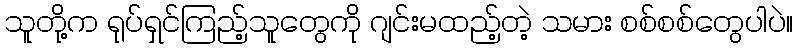
သူတို့က ရုပ်ရှင်ကြည့်သူတွေကို ဂျင်းမထည့်တဲ့ သမား စစ်စစ်တွေပါပဲ။